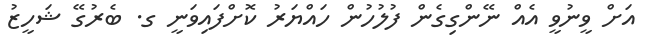
އަށް ވީނުވީ އެއް ނޭންގިގެން ފުލުހުން ހައްޔަރު ކޮށްފައިވަނީ ގ. ބެރުގޭ ޝަހީޒު